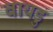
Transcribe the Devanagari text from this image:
बायडु